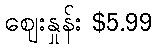
ဈေးနှုန်း $5.99